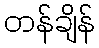
တန်ချိန်